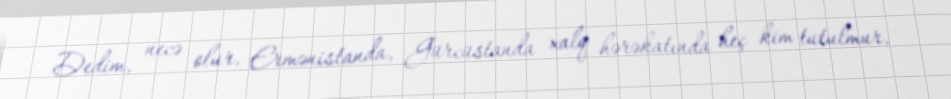
Dedim, necə olur, Ermənistanda, Gürcüstanda xalq hərəkatında heç kim tutulmur,